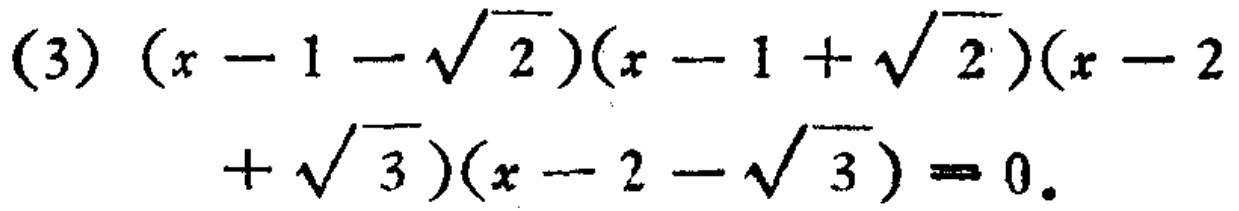
\((3) (x - 1 - \sqrt{2})(x - 1 + \sqrt{2})(x - 2 + \sqrt{3})(x - 2 - \sqrt{3}) = 0\)